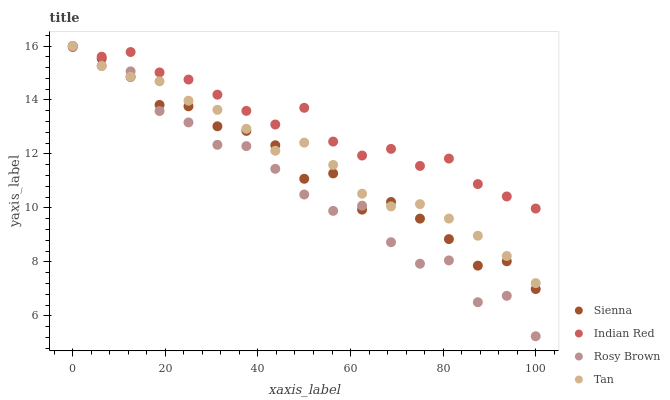
| xaxis_label | Sienna | Indian Red | Rosy Brown | Tan |
 | --- | --- | --- | --- | --- |
 | 0 | 16 | 16 | 16 | 16 |
 | 6.25 | 15.5 | 15.6 | 15.3 | 15.3 |
 | 12.5 | 14.9 | 15.8 | 15.1 | 14.9 |
 | 18.8 | 13.8 | 15 | 13.6 | 14.7 |
 | 25 | 13.8 | 14.8 | 13.2 | 14 |
 | 31.2 | 13 | 14.2 | 12.3 | 13.6 |
 | 37.5 | 12.9 | 13.6 | 12.3 | 12.9 |
 | 43.8 | 12.3 | 13.1 | 11.4 | 12.1 |
 | 50 | 11.1 | 13.7 | 10.5 | 12.4 |
 | 56.2 | 11.3 | 12.5 | 9.89 | 11.6 |
 | 62.5 | 9.94 | 11.9 | 10.1 | 10.5 |
 | 68.8 | 10.2 | 12.2 | 8.73 | 10.1 |
 | 75 | 9.6 | 11.6 | 7.93 | 10.1 |
 | 81.2 | 8.84 | 11.8 | 8.05 | 9.6 |
 | 87.5 | 7.86 | 10.9 | 6.51 | 8.97 |
 | 93.8 | 8.02 | 10.4 | 6.74 | 8.22 |
 | 100 | 6.99 | 9.98 | 5.24 | 7.21 |